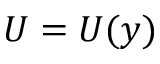
U = U ( y )